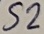
Text: S2